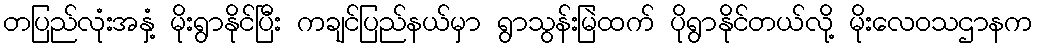
တပြည်လုံးအနှံ့ မိုးရွာနိုင်ပြီး ကချင်ပြည်နယ်မှာ ရွာသွန်းမြဲထက် ပိုရွာနိုင်တယ်လို့ မိုးလေဝသဌာနက